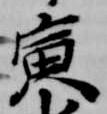
寅